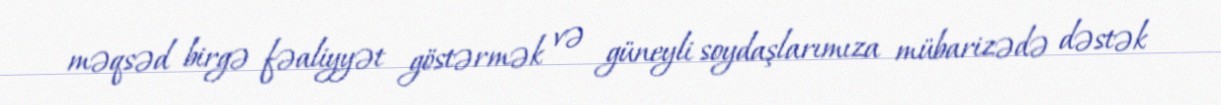
məqsəd birgə fəaliyyət göstərmək və güneyli soydaşlarımıza mübarizədə dəstək